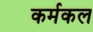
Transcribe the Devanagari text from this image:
कर्मकल